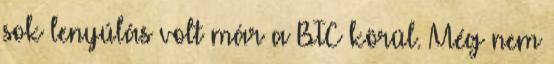
sok lenyúlás volt már a BTC körül. Még nem